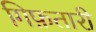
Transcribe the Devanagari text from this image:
गिफ़तारी